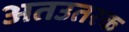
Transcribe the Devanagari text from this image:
अतउतरक